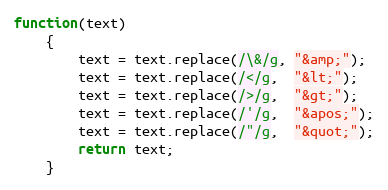
Language: JavaScript
function(text)
    {
        text = text.replace(/\&/g, "&amp;");
        text = text.replace(/</g,  "&lt;");
        text = text.replace(/>/g,  "&gt;");
        text = text.replace(/'/g,  "&apos;");
        text = text.replace(/"/g,  "&quot;");
        return text;
    }